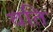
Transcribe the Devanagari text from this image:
वति